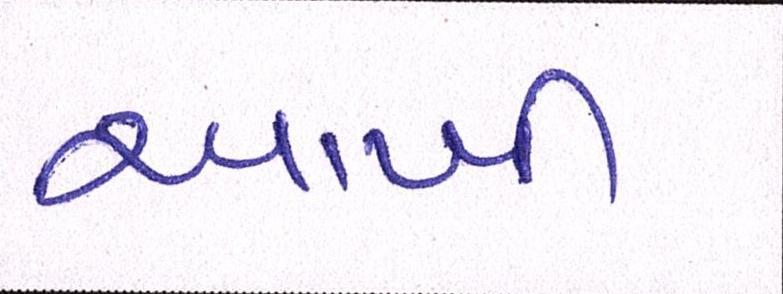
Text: આખી